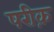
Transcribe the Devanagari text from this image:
षरीक़